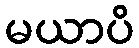
မယာပိ